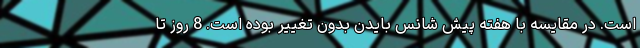
است. در مقایسه با هفته پیش شانس بایدن بدون تغییر بوده است. 8 روز تا